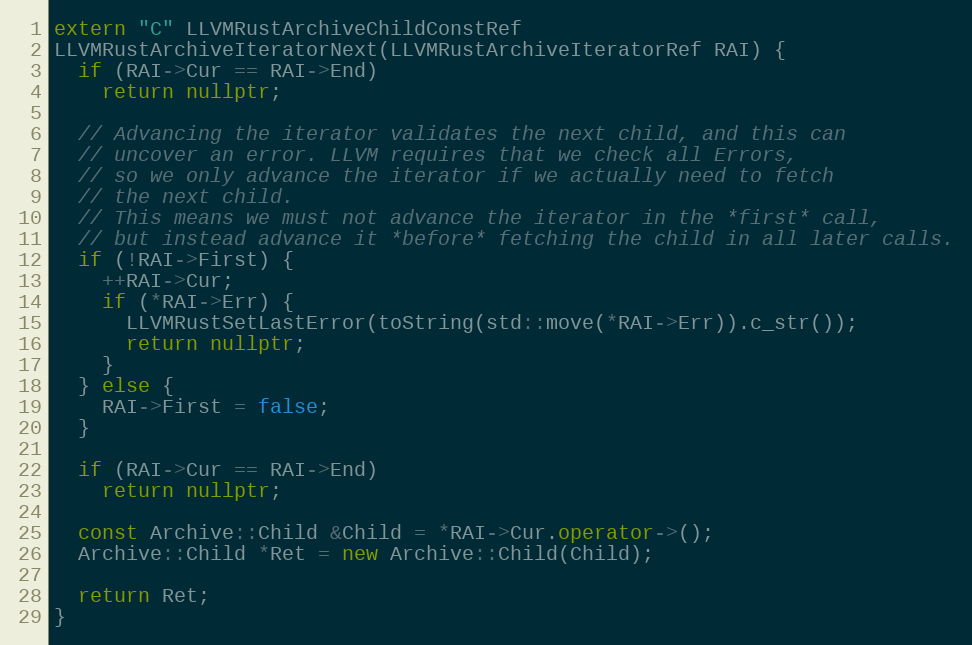
Language: C++
extern "C" LLVMRustArchiveChildConstRef
LLVMRustArchiveIteratorNext(LLVMRustArchiveIteratorRef RAI) {
  if (RAI->Cur == RAI->End)
    return nullptr;

  // Advancing the iterator validates the next child, and this can
  // uncover an error. LLVM requires that we check all Errors,
  // so we only advance the iterator if we actually need to fetch
  // the next child.
  // This means we must not advance the iterator in the *first* call,
  // but instead advance it *before* fetching the child in all later calls.
  if (!RAI->First) {
    ++RAI->Cur;
    if (*RAI->Err) {
      LLVMRustSetLastError(toString(std::move(*RAI->Err)).c_str());
      return nullptr;
    }
  } else {
    RAI->First = false;
  }

  if (RAI->Cur == RAI->End)
    return nullptr;

  const Archive::Child &Child = *RAI->Cur.operator->();
  Archive::Child *Ret = new Archive::Child(Child);

  return Ret;
}